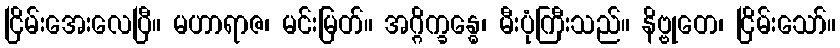
ငြိမ်းအေးလေပြီ။ မဟာရာဇ၊ မင်းမြတ်။ အဂ္ဂိက္ခန္ဓေ၊ မီးပုံကြီးသည်။ နိဗ္ဗုတေ၊ ငြိမ်းသော်။